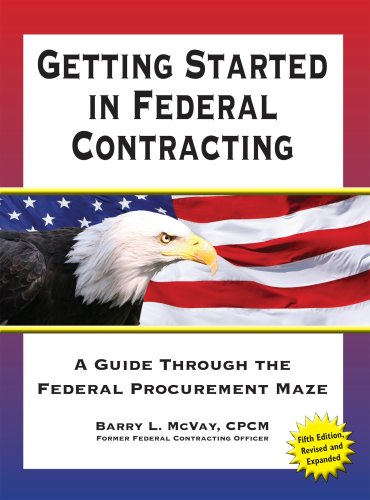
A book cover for Getting Started in Federal Contracting: A Guide Through the Federal Procurement Maze, Fifth Edition; Barry L. McVay; Law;